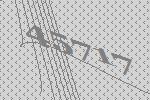
45717